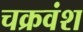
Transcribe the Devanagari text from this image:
चक्रवंश